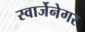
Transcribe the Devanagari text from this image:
स्वार्जेनेगर